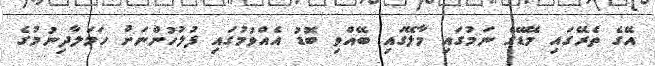
އޭގެ ތެރޭގައި މޭޑޭގެ ނަމުގައި މާލޭގައި ބޭއްވި ބޮޑު އެއްވުމުގައި ފުލުހުންނަށް ހަމަލާދިނުމުގެ